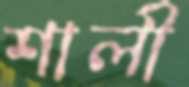
শালী